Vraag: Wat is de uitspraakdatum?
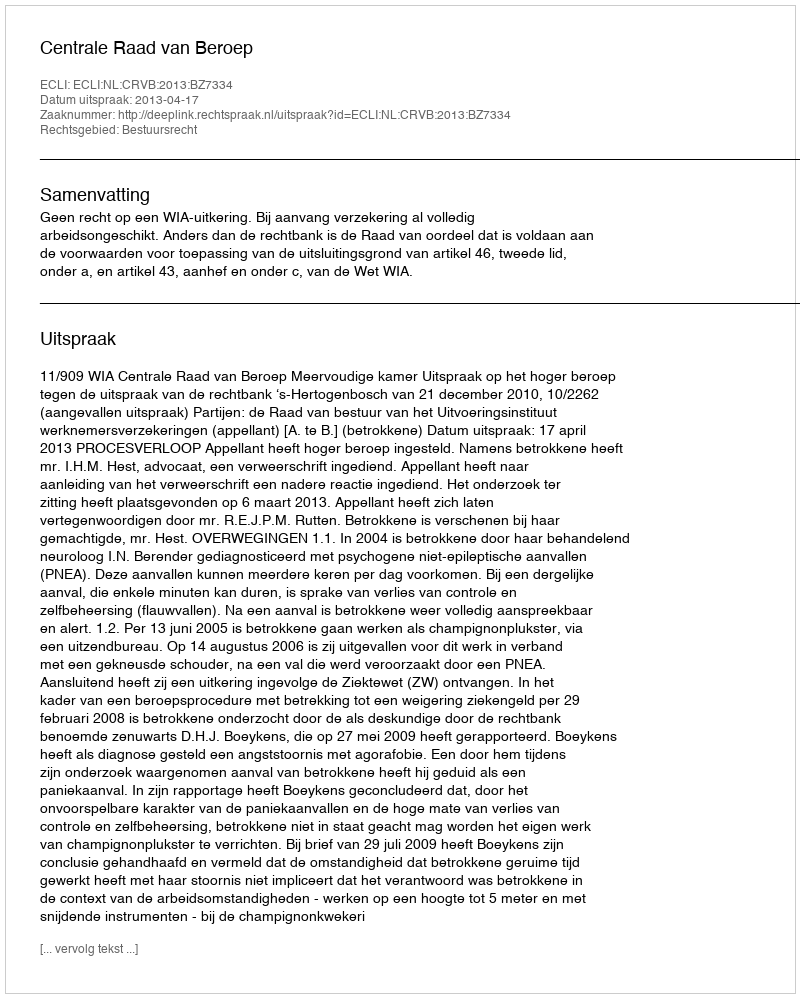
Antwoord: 2013-04-17